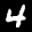
Label: 4